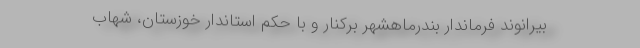
بیرانوند فرماندار بندرماهشهر برکنار و با حکم استاندار خوزستان، شهاب